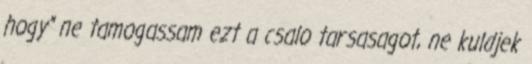
hogy" ne tamogassam ezt a csalo tarsasagot, ne kuldjek